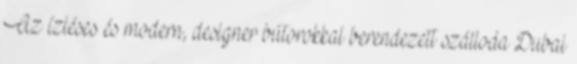
Az ízléses és modern, designer bútorokkal berendezett szálloda Dubai